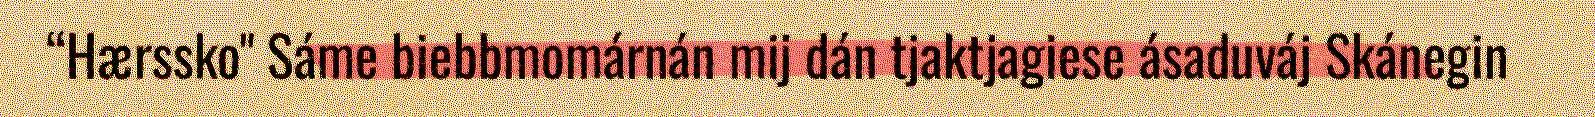
“Hærssko" Sáme biebbmomárnán mij dán tjaktjagiese ásaduváj Skánegin